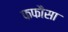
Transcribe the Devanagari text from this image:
फफौसा